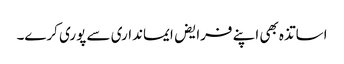
اساتذہ بھی اپنے فرایض ایمانداری سے پوری کرے۔